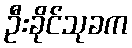
ဦးခိုင်သုခက